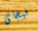
فيجاى